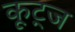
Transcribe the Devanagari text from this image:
कूट्ज